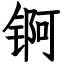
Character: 锕